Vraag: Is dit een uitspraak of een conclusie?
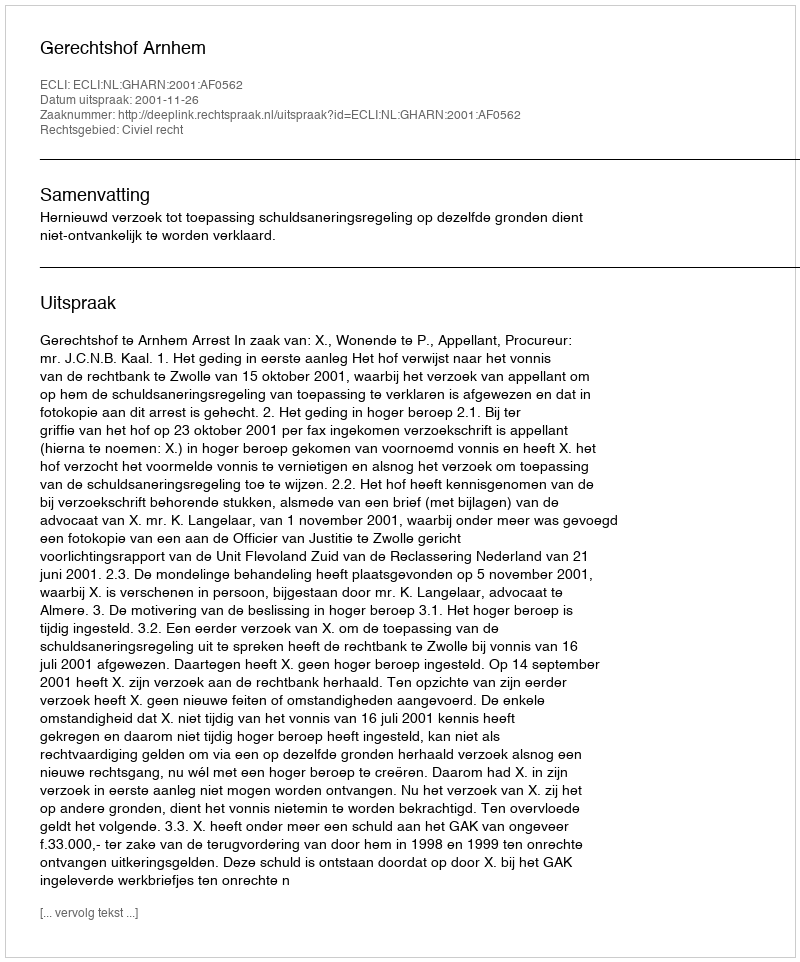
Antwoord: Uitspraak